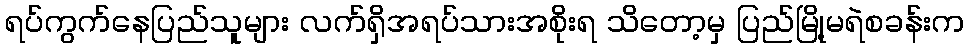
ရပ်ကွက်နေပြည်သူများ လက်ရှိအရပ်သားအစိုးရ သိတော့မှ ပြည်မြို့မရဲစခန်းက